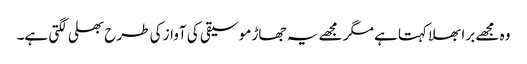
وہ مجھے برا بھلا کہتا ہے مگر مجھے یہ جھاڑ موسیقی کی آواز کی طرح بھلی لگتی ہے۔